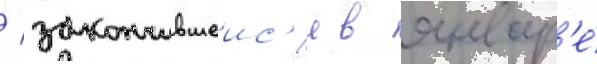
/ закончившеис'я в январ'е́